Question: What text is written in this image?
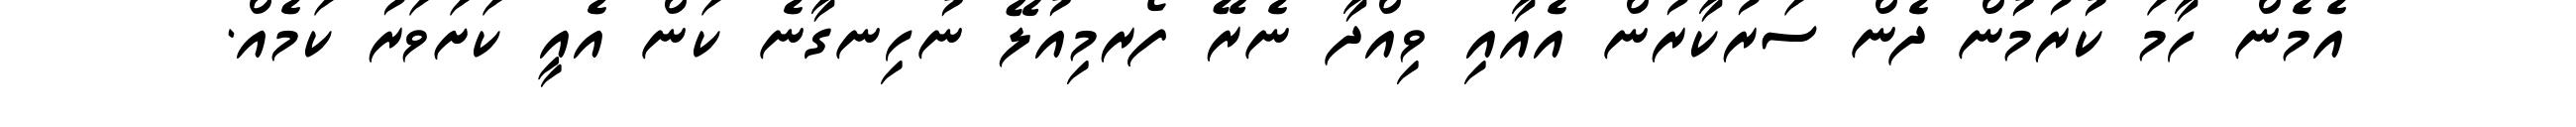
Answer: އެމެން ހާމަ ކުރުމުން ދެން ސަރުކާރުން އެއާއި ވިއްދާ ނެރޭ ފޯރމިއުލޭ ނުހިނގާނެ ކަން އެއީ ކަށަވަރު ކަމެއް.